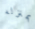
بمنزله